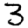
Digit: 3